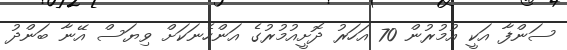
ސަންފާ އަކީ އުމުރުން 70 އަހަރު ދޮށީއުމުރުގެ އަންހެނަކަށް ވިޔަސް އޭނާ ބަންދު